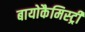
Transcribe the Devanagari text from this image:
बायोकैमिस्ट्री